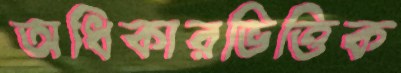
অধিকারভিত্তিক